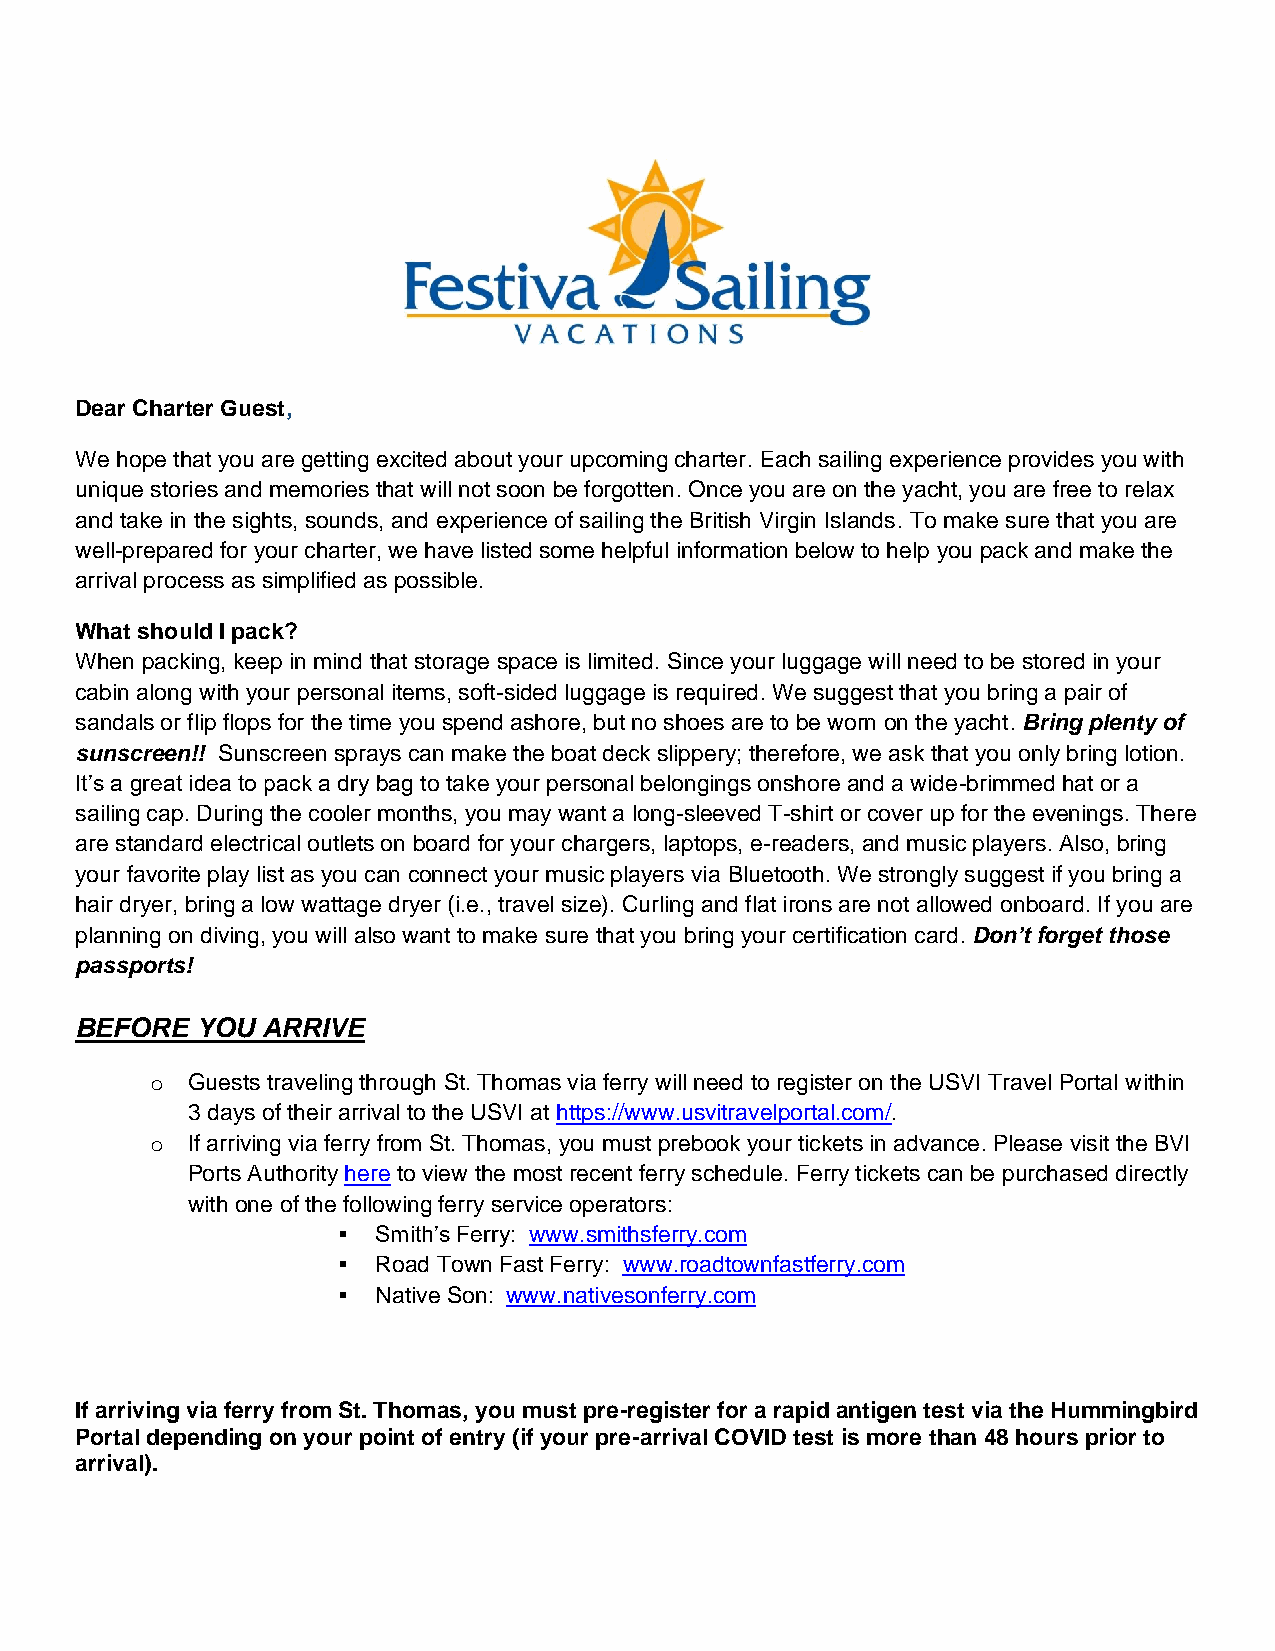
Dear Charter Guest,
 We hope that you are getting excited about your upcoming charter. Each sailing experience provides you with
 unique stories and memories that will not soon be forgotten. Once you are on the yacht, you are free to relax
 and take in the sights, sounds, and experience of sailing the British Virgin Islands. To make sure that you are
 well-prepared for your charter, we have listed some helpful information below to help you pack and make the
 arrival process as simplified as possible.
 What should I pack?
 When packing, keep in mind that storage space is limited. Since your luggage will need to be stored in your
 cabin along with your personal items, soft-sided luggage is required. We suggest that you bring a pair of
 sandals or flip flops for the time you spend ashore, but no shoes are to be worn on the yacht. Bring plenty of
 sunscreen!! Sunscreen sprays can make the boat deck slippery; therefore, we ask that you only bring lotion.
 It’s a great idea to pack a dry bag to take your personal belongings onshore and a wide-brimmed hat or a
 sailing cap. During the cooler months, you may want a long-sleeved T-shirt or cover up for the evenings. There
 are standard electrical outlets on board for your chargers, laptops, e-readers, and music players. Also, bring
 your favorite play list as you can connect your music players via Bluetooth. We strongly suggest if you bring a
 hair dryer, bring a low wattage dryer (i.e., travel size). Curling and flat irons are not allowed onboard. If you are
 planning on diving, you will also want to make sure that you bring your certification card. Don’t forget those
 passports!
 BEFORE  YOU ARRIVE
 o Guests traveling through St. Thomas via ferry will need to register on the USVI Travel Portal within
 3 days of their arrival to the USVI at https://www.usvitravelportal.com/.
 o If arriving via ferry from St. Thomas, you must prebook your tickets in advance. Please visit the BVI
 Ports Authority here to view the most recent ferry schedule. Ferry tickets can be purchased directly
 with one of the following ferry service operators:
 ▪  Smith’s Ferry: www.smithsferry.com
 ▪  Road Town Fast Ferry: www.roadtownfastferry.com
 ▪  Native Son: www.nativesonferry.com
 If arriving via ferry from St. Thomas, you must pre-register for a rapid antigen test via the Hummingbird
 Portal depending on your point of entry (if your pre-arrival COVID test is more than 48 hours prior to
 arrival).